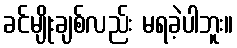
ခင်မျိုးချစ်လည်း မရခဲ့ပါဘူး။